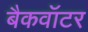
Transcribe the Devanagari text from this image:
बैकवॉटर